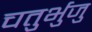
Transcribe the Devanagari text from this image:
चतुर्भुजु